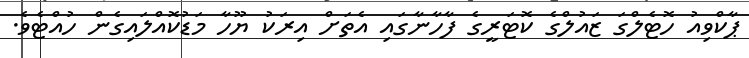
ޕާކްވިއު ހޮޓެލްގަ ޒައުލްގެ ކޮޓަރީގެ ފާހާނާގައި އެތަށް އިރަކު ޔޫހާ މަޑުކޮއްލައިގެން ހުއްޓެވެ.